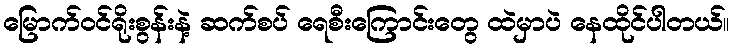
မြောက်ဝင်ရိုးစွန်းနဲ့ ဆက်စပ် ရေစီးကြောင်းတွေ ထဲမှာပဲ နေထိုင်ပါတယ်။